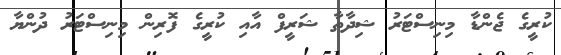
ކުރީގެ ޖެންޑާ މިނިސްޓަރު ޝިދާތާ ޝަރީފް އާއި ކުރީގެ ފޮރިން މިނިސްޓަރު ދުންޔާ